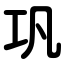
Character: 巩